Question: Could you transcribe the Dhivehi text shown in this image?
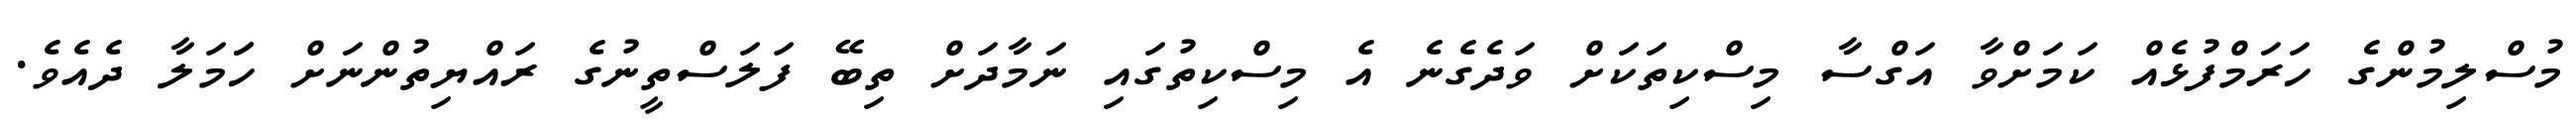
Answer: މުސްލިމުންގެ ހަރަމްފުޅެއް ކަމަށްވާ އަގްސާ މިސްކިތަކަށް ވަދެގެނެ އެ މިސްކިތުގައި ނަމާދަށް ތިބޭ ފަލަސްތީނުގެ ރައްޔިތުންނަށް ހަަމަލާ ދެއެވެ.